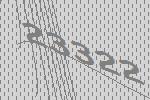
23322